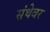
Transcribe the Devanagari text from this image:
संथेवर